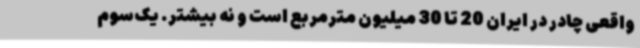
واقعی چادر در ایران 20 تا 30 میلیون مترمربع است و نه بیشتر. یک‌سوم